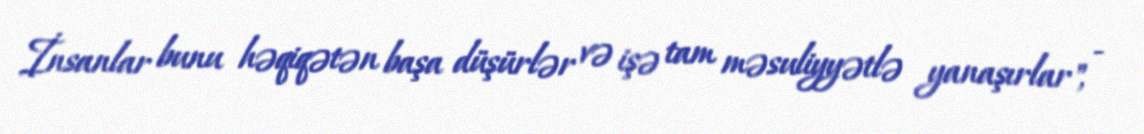
İnsanlar bunu həqiqətən başa düşürlər və işə tam məsuliyyətlə yanaşırlar", -